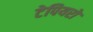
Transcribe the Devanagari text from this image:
टेपियरों